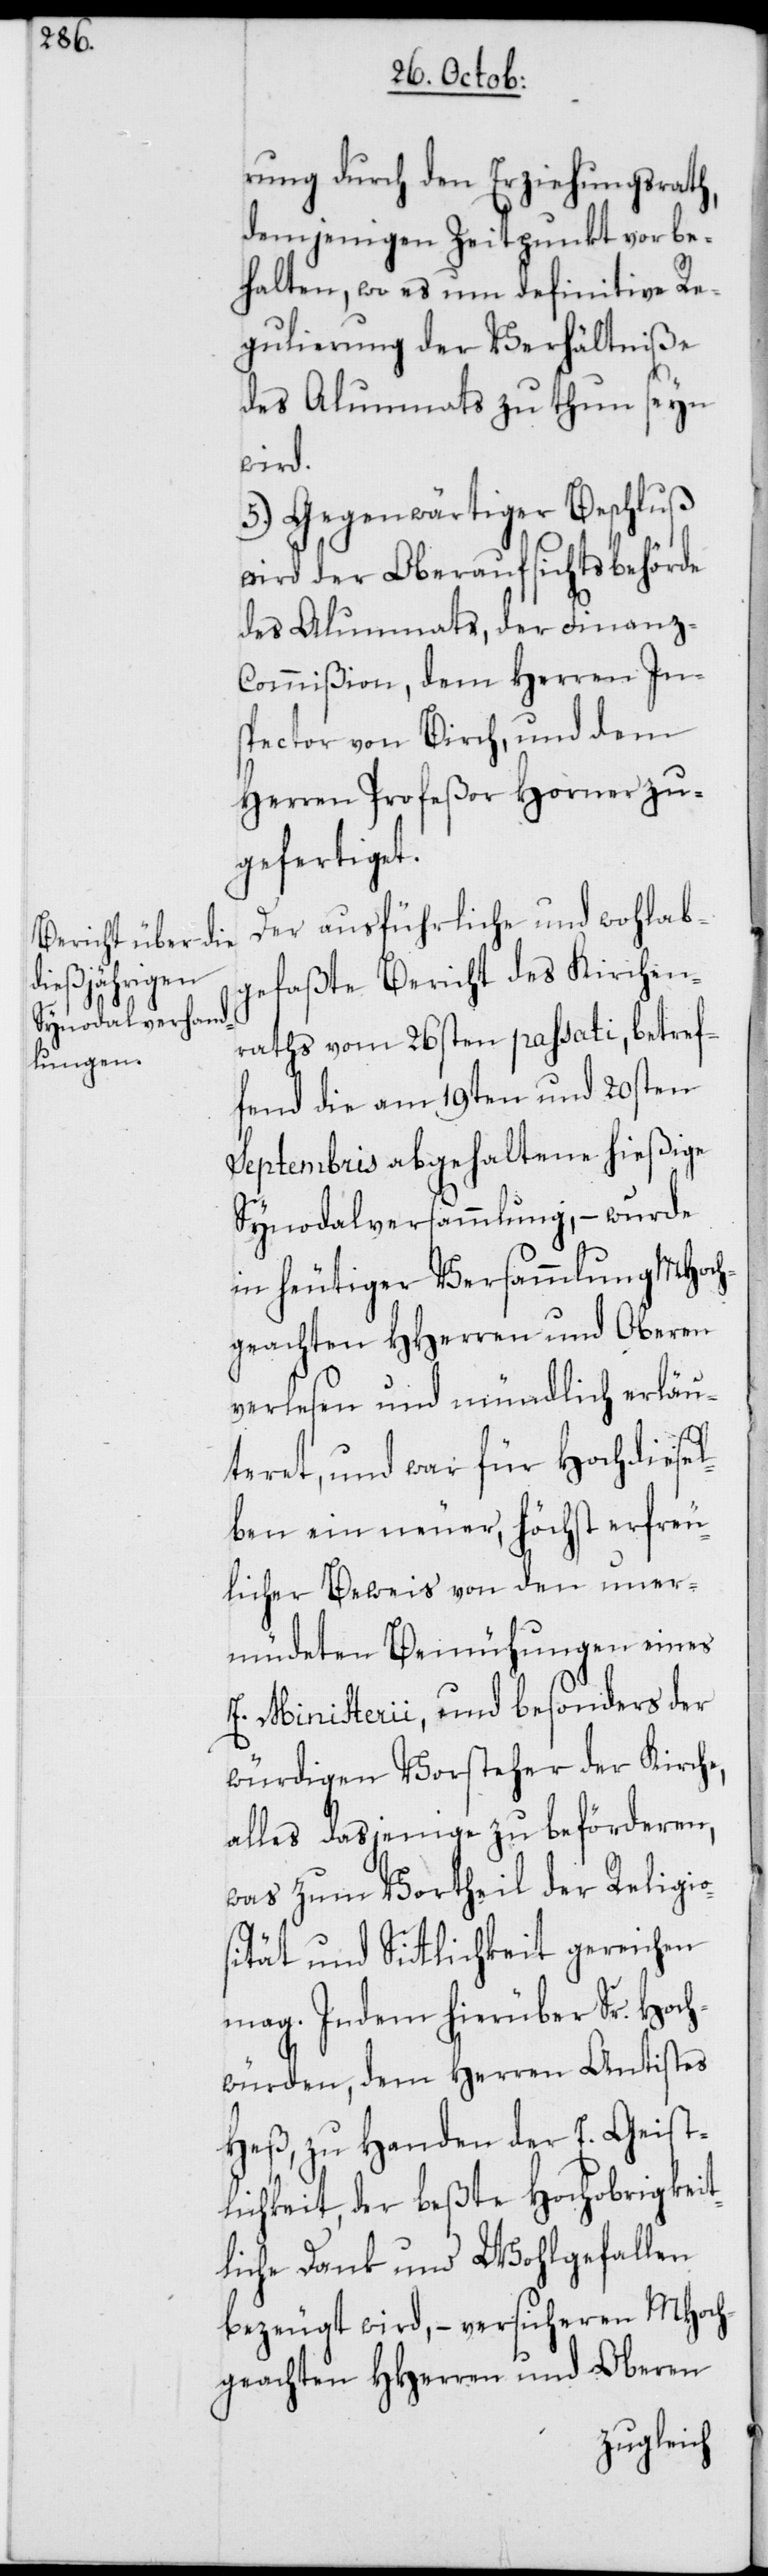
rung durch den Erziehungsrath,
demjenigen Zeitpunkt vorbe¬
halten, wo es um definitive Re¬
gulierung der Verhältniße
des Alumnats zu thun seyn
wird.
5.) Gegenwärtiger Beschluß
wird der Oberaufsichtsbehörde
des Alumnats, der Finanz-C¬
ommißion, dem Herren In¬
spector von Birch, und dem
Herren Profeßor Horner zu¬
gefertiget.
Der ausführliche und wohlab¬
gefaßte Bericht des Kirchen¬
raths vom 26sten passati, betref¬
fend die am 19ten und 20sten
Septembris abgehaltene hießige
Synodalversammlung, – wurde
in heutiger Versammlung MHoch¬
geachten HHerren und Oberen
verlesen und mündlich erläu¬
teret, und war für Hochdiesel¬
ben ein neuer, höchst erfreu¬
licher Beweis von den uner¬
müdeten Bemühungen eines
E. Ministerii, und besonders der
würdigen Vorsteher der Kirche,
alles dasjenige zu beförderen,
was zum Vortheil der Religio¬
sität und Sittlichkeit gereichen
mag. Indem hierüber Sr. Hoch¬
würden, dem Herren Antistes
Heß, zu Handen der E. Geist¬
lichkeit, der beßte Hochobrigkeit¬
liche Dank und Wohlgefallen
bezeugt wird, – versicheren MHoch¬
geachten HHerren und Oberen